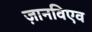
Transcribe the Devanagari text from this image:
ज़ानविएव